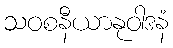
သဝစနီယာနုဝါဒနံ